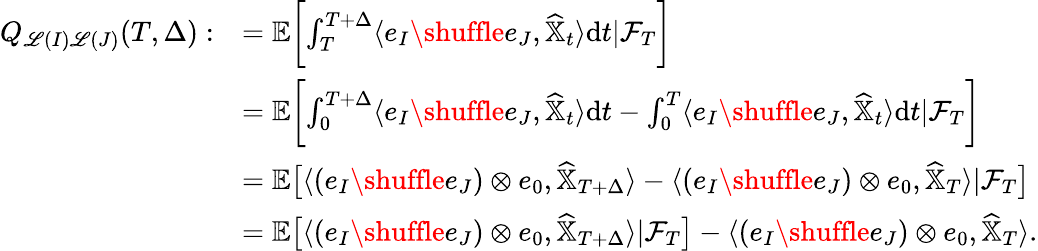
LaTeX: \begin{array}{rl}{Q_{\mathscr{L}(I)\mathscr{L}(J)}(T,\Delta):}&{=\mathbb{E}\biggl[\int_{T}^{T+\Delta}\langle e_{I}\shuffle e_{J},\widehat{\mathbb{X}}_{t}\rangle\mathrm{d}t\lvert\mathcal{F}_{T}\biggr]}\\ &{=\mathbb{E}\biggl[\int_{0}^{T+\Delta}\langle e_{I}\shuffle e_{J},\widehat{\mathbb{X}}_{t}\rangle{\mathrm{d}}t-\int_{0}^{T}\langle e_{I}\shuffle e_{J},\widehat{\mathbb{X}}_{t}\rangle{\mathrm{d}}t\lvert\mathcal{F}_{T}\biggr]}\\ &{=\mathbb{E}\bigl[\langle(e_{I}\shuffle e_{J})\otimes e_{0},\widehat{\mathbb{X}}_{T+\Delta}\rangle-\langle(e_{I}\shuffle e_{J})\otimes e_{0},\widehat{\mathbb{X}}_{T}\rangle\lvert\mathcal{F}_{T}\bigr]}\\ &{=\mathbb{E}\bigl[\langle(e_{I}\shuffle e_{J})\otimes e_{0},\widehat{\mathbb{X}}_{T+\Delta}\rangle\lvert\mathcal{F}_{T}\bigr]-\langle(e_{I}\shuffle e_{J})\otimes e_{0},\widehat{\mathbb{X}}_{T}\rangle.}\end{array}